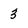
Character: 3